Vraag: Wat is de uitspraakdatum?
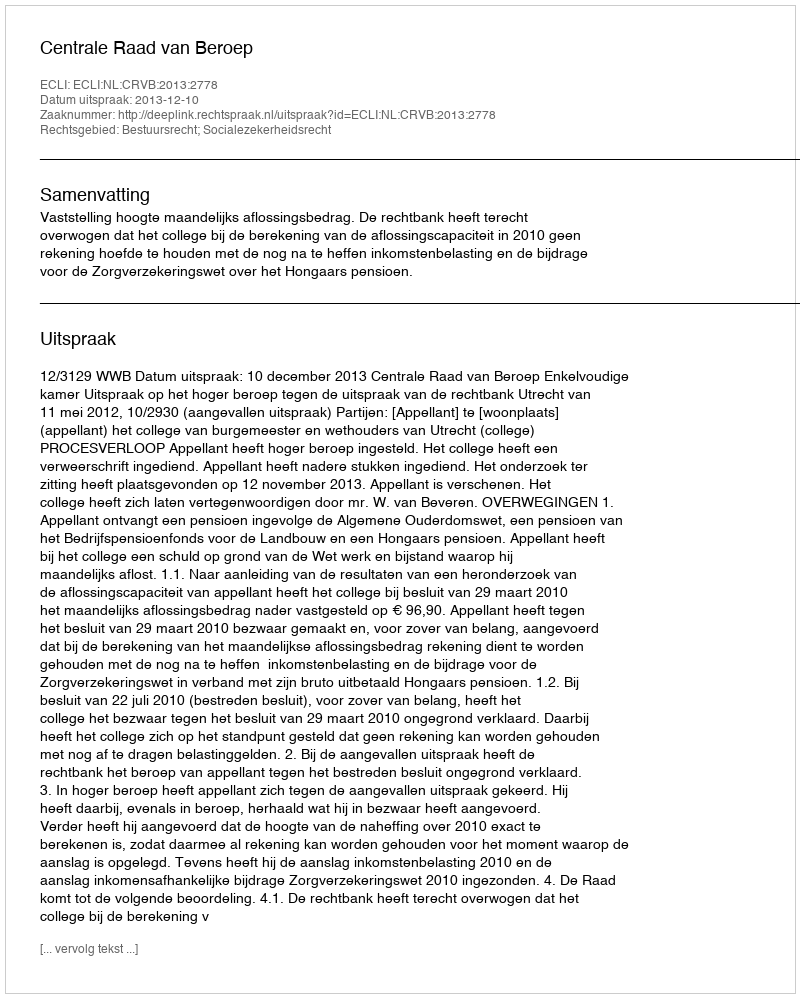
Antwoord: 2013-12-10